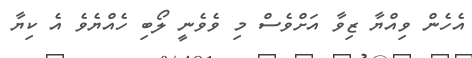
އެހެން ވިއްޔާ ޒިވާ އަށްވެސް މި ވެވެނީ ލޯބި ހެއްޔެވެ އެ ކިޔާ